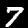
Digit: 7